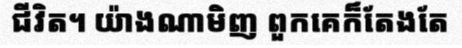
ជីវិត។ យ៉ាងណាមិញ ពួកគេក៏តែងតែ